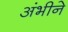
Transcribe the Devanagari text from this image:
अंभीने